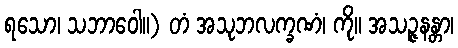
ရသော၊ သဘာဝေါ။) တံ အသုဘလက္ခဏံ၊ ကို။ အသဉ္ဇနန္တာ၊